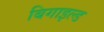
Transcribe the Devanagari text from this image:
बिगाइल्ड